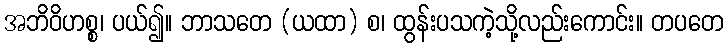
အဘိဝိဟစ္စ၊ ပယ်၍။ ဘာသတေ (ယထာ) စ၊ ထွန်းပသကဲ့သို့လည်းကောင်း။ တပတေ